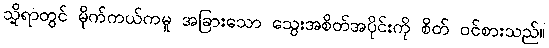
သို့ရာတွင် မိုက်ကယ်ကမူ အခြားသော သွေးအစိတ်အပိုင်းကို စိတ် ဝင်စားသည်။